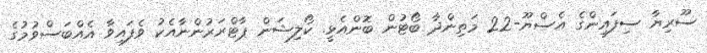
ސޫރިޔާ ސިފައިންގެ އެސްޔޫ-22 މަތިންދާ ބޯޓުން ބޮންއެޅީ. ކޯލިޝަން ޕާޓްރަރުންނާއެކު ވެފައިވާ އެއްބަސްވުމުގެ